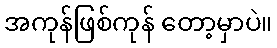
အကုန်ဖြစ်ကုန် တော့မှာပဲ။